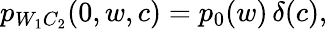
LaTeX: \begin{array}{r}{p_{W_{1}C_{2}}(0,w,c)=p_{0}(w)\, \delta(c),}\end{array}